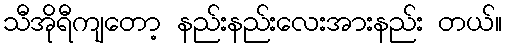
သီအိုရီကျတော့ နည်းနည်းလေးအားနည်း တယ်။